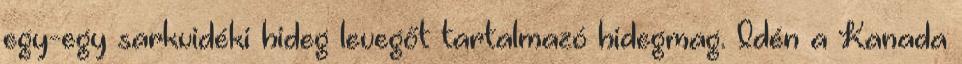
egy-egy sarkvidéki hideg levegőt tartalmazó hidegmag. Idén a Kanada